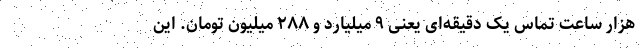
هزار ساعت تماس یک دقیقه‌ای یعنی ۹ میلیارد و ۲۸۸ میلیون تومان. این